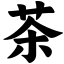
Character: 茶